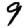
Digit: 9